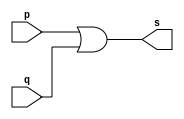
// ---------------------
// Guia01_10 - OR com 3 entradas usando modulo com 2 entradas
// Nome: Bruno Cezar Andrade Viallet
// ---------------------

// ---------------------
// -- or gate
// ---------------------

module orgate (s, p, q);
 output s;
 input  p, q;

 assign s = (p | q);

endmodule // orgate

// ---------------------
// -- or3 gate
// ---------------------

module or3gate (s, p, q, r);
 output s;
 input  p, q, r;
 wire s1;

 orgate OR1 (s1, p, q);
 orgate OR2 (s, r, s1);
 
endmodule // or3gate

// ---------------------
// -- test or gate
// ---------------------

module testorgate;
 reg   a, b, c;
 wire  s;
          // instancia
 or3gate OR1 (s, a, b, c);
          // parte principal
 initial begin
      a=0; b=0; c=0;
      $display("Guia01_10 - Bruno Cezar Andrade Viallet - 396679");
      $display("Test OR gate");
      $display("\n(a & b & c) = s\n");
		$monitor("(%b & %b & %b)= %b", a, b, c, s);
 #1   a=0; b=0; c=1;
 #1   a=0; b=1; c=0;
 #1   a=0; b=1; c=1;
 #1   a=1; b=0; c=0;
 #1   a=1; b=0; c=1;
 #1   a=1; b=1; c=0;
 #1   a=1; b=1; c=1;
 end

endmodule // testorgate